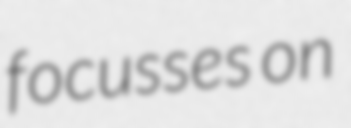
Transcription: focusses on